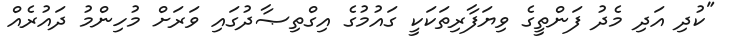
"ކުދި އަދި މެދު ފަންތީގެ ވިޔަފާރިތަކަކީ ގައުމުގެ އިގްތިޞާދުގައި ވަރަށް މުހިންމު ދައުރެއް